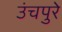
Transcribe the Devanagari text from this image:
उंचपुरे